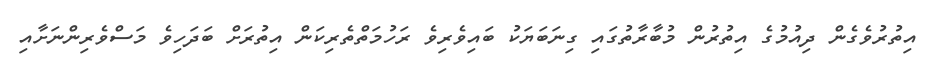
އިތުރުވެގެން ދިއުމުގެ އިތުރުން މުބާރާތުގައި ގިނަބަޔަކު ބައިވެރިވެ ރަހުމަތްތެރިކަން އިތުރަށް ބަދަހިވެ މަސްވެރިންނަށާއި